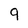
Character: 9